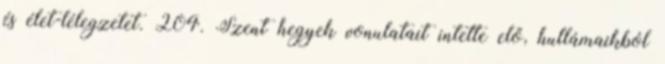
és élet-lélegzetet. 204. Szent hegyek vonulatait intette elő, hullámaikból